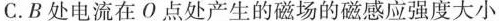
C.B处电流在О点处产生的磁场的磁感应强度大小